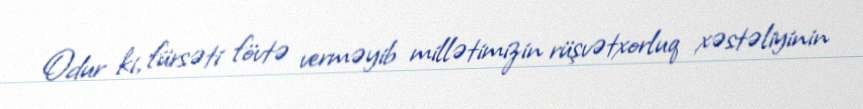
Odur ki, fürsəti fövtə verməyib millətimizin rüşvətxorluq xəstəliyinin